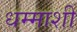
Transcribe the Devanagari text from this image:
धम्माशी